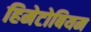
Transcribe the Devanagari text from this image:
हिमेटोबियम